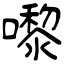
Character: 嚟